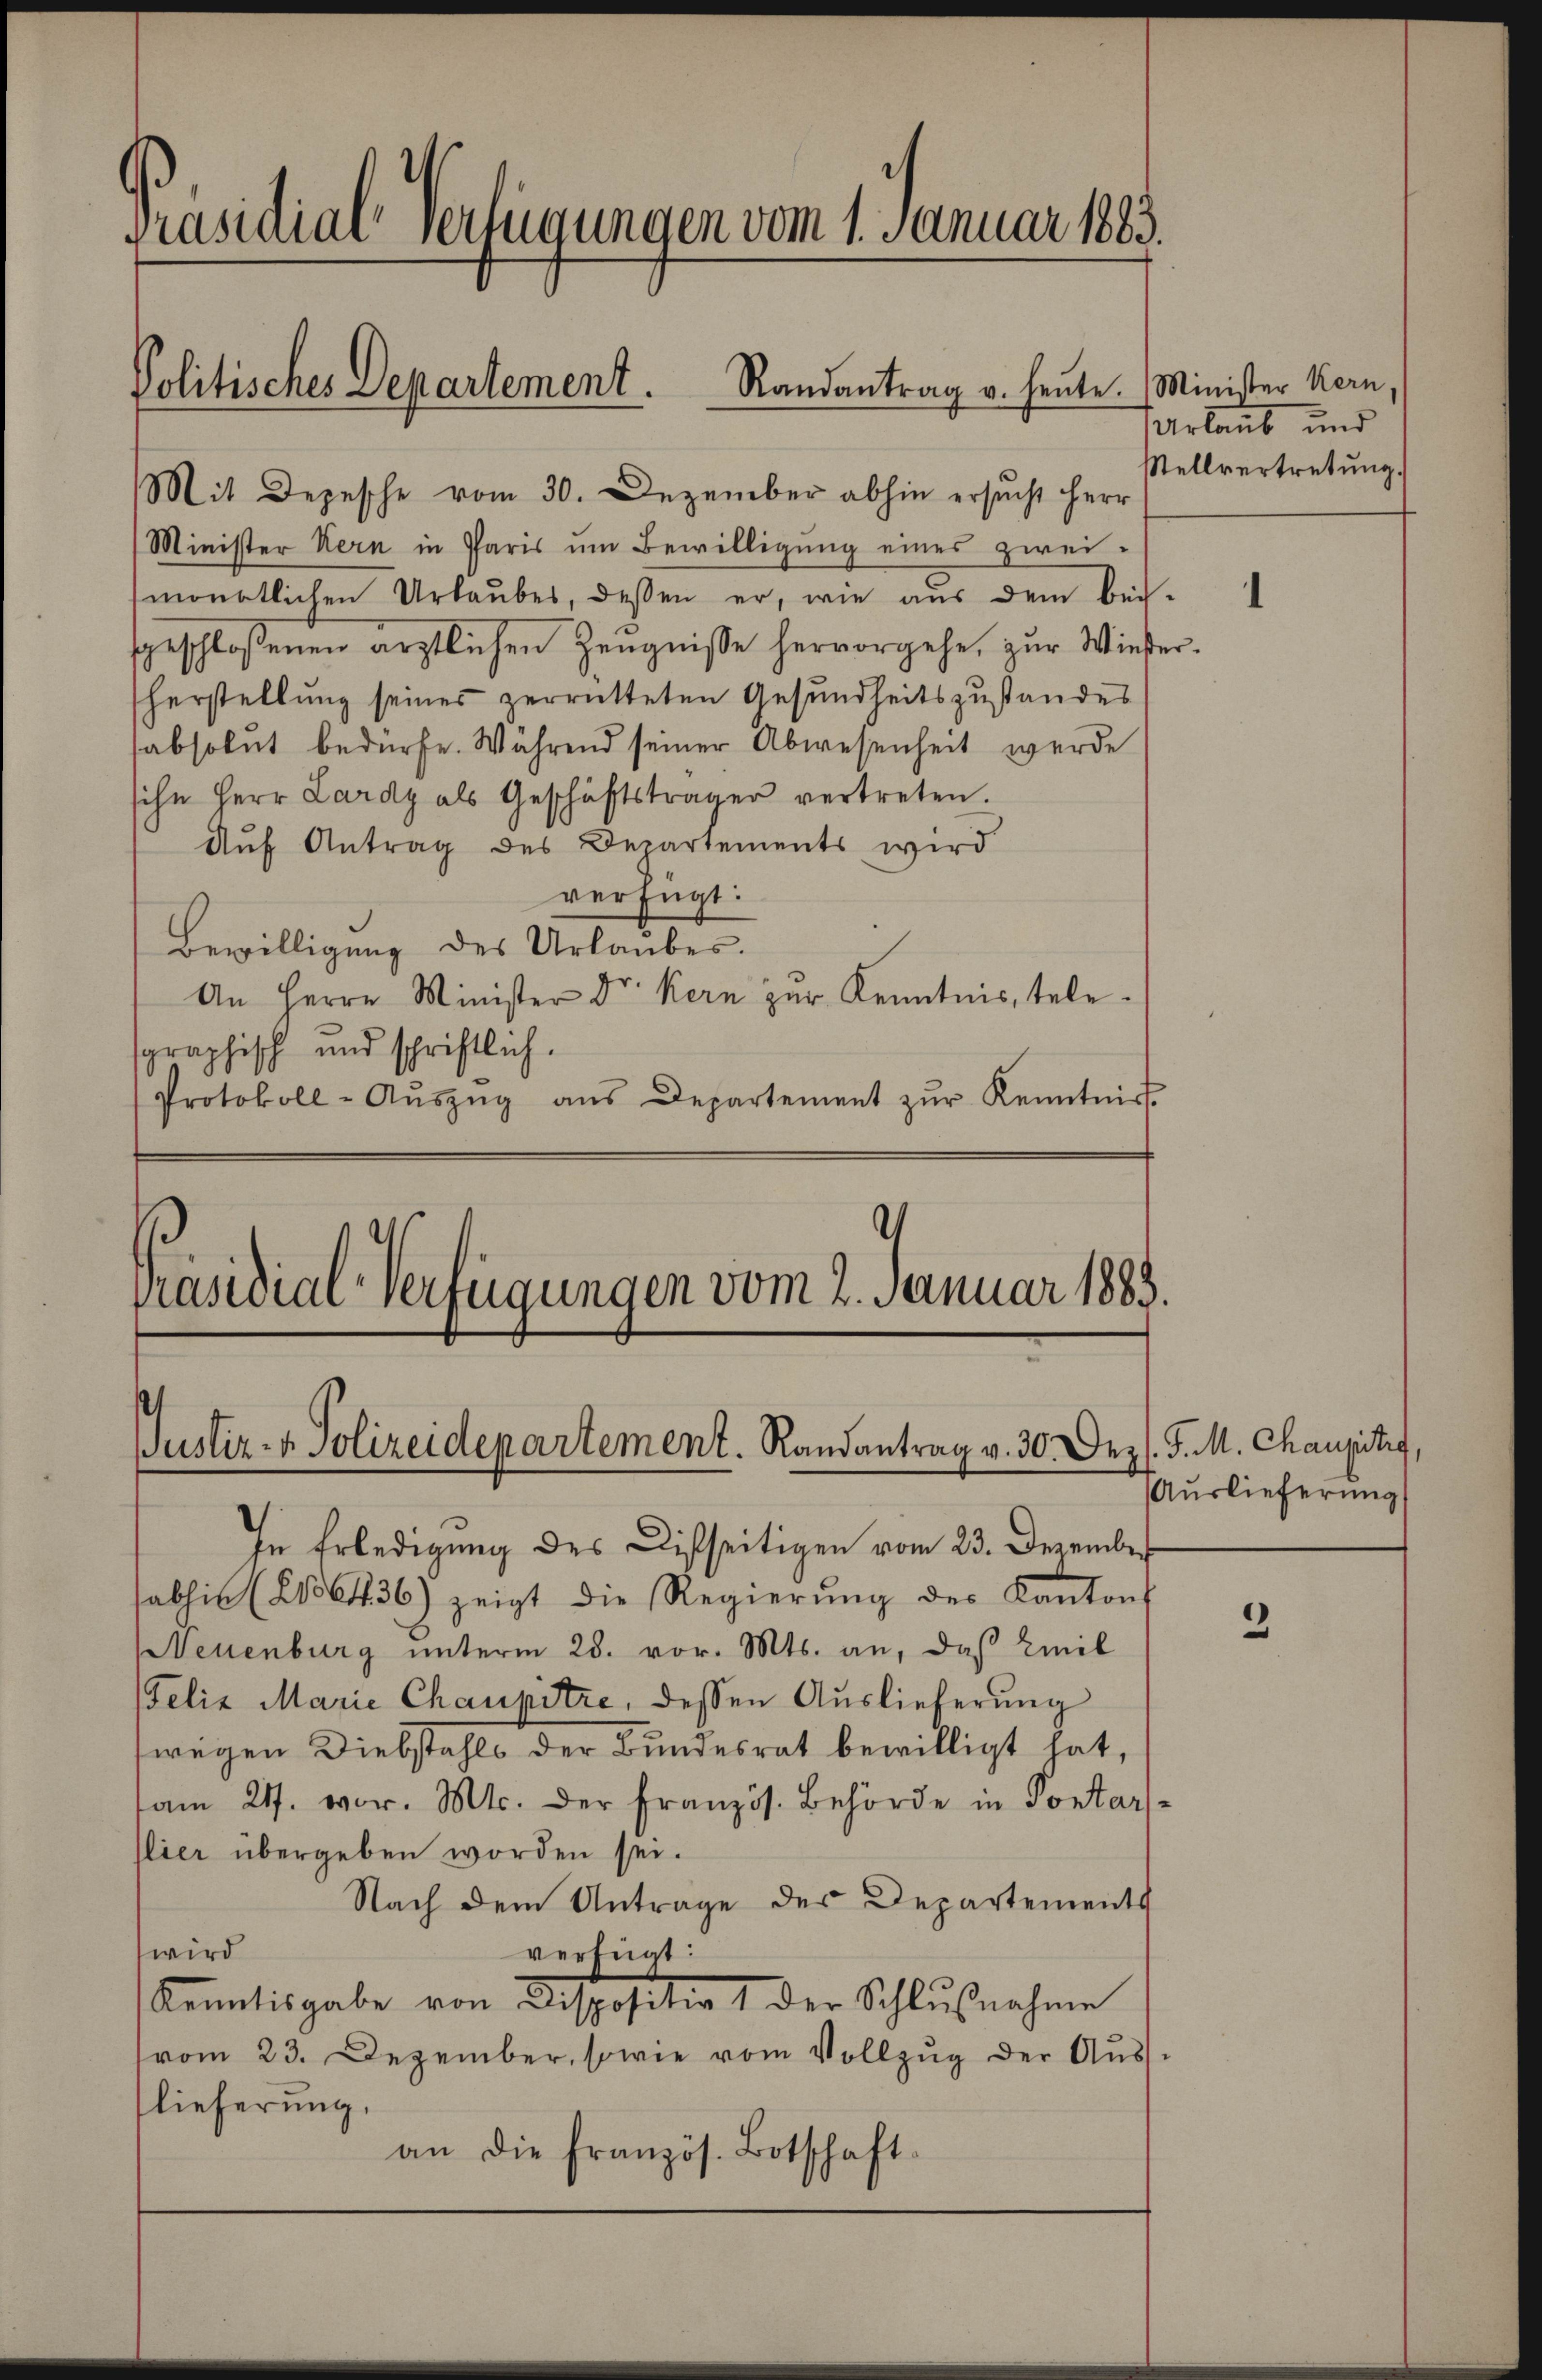
Präsidial verfügungen vom 1. Januar 1883.
Politisches Departement. Randantrag v. heute. Minister Kern.

Mit Depesche vom 30. Dezember abhin ersucht herr
Minister Kern in Paris um Bewilligung einer zweimonatlichen Urlaubes, dessen er, wie aus dem bei-
sgeschlossenen ärztlichen Zeugnisse hervorgehe, zur Wieser-
herstellung seines zerrütteten Gesundheitszustandes
absolut bedürfe. Während seiner Abwesenheit werde
sihe Herr Lardy als Geschäftsträger vertreten.
Auf Antrag des Departements wird
verfügt:
Bewilligung des Urlaubes.
An Herrn Minister Dr. Kern zur Kenntnis, tele-
sgraphisch und schriftlich.
Protokoll-Aŭszŭg aŭs Departement zŭr Kenntnirt

Präsidial-Verfügungen vom 2. Januar 1883.

Justiz- & Polizeidepartement. Randantrag v. 30. Dez. S. M. Chausistig,

In Erledigung des Disseitigen vom 23. Dezember
sabhin (2136436) zeigt die Regierŭng des Kantons
Neuenburg unterm 28. vor. Mts. an, daß Emil
Felix Marie Chaupitze, dessen Auslieferung
wegen Diebstahls der Bundesrat bewilligt hat,
am 21. vor. Mts. der französ. Behörde in Pontar-
lier übergeben worden sei.
Nach dem Antrage des Departements
wird
verfügt:
Kenntisgabe von Dispositia 1 der Schlußnahme
vom 23. Dezember, sowie vom Vollzug der Ausflieferung,
an die Französ. Botschaft-

Urlaub und
Mellvertretung.

Auslieferung

2